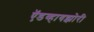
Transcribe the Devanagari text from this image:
ऍडव्हायझोरी